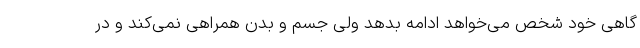
گاهی خود شخص می‌خواهد ادامه بدهد ولی جسم و بدن همراهی نمی‌کند و در